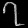
Digit: ၇